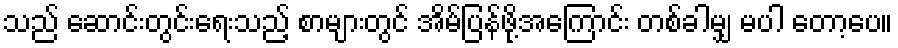
သည် ဆောင်းတွင်းရေးသည့် စာများတွင် အိမ်ပြန်ဖို့အကြောင်း တစ်ခါမျှ မပါ တော့ပေ။